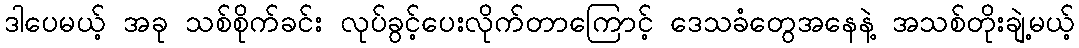
ဒါပေမယ့် အခု သစ်စိုက်ခင်း လုပ်ခွင့်ပေးလိုက်တာကြောင့် ဒေသခံတွေအနေနဲ့ အသစ်တိုးချဲ့မယ့်